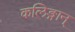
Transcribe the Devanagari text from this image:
कलिङ्गान्‌